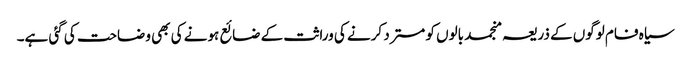
سیاہ فام لوگوں کے ذریعہ منجمد بالوں کو مسترد کرنے کی وراثت کے ضائع ہونے کی بھی وضاحت کی گئی ہے۔